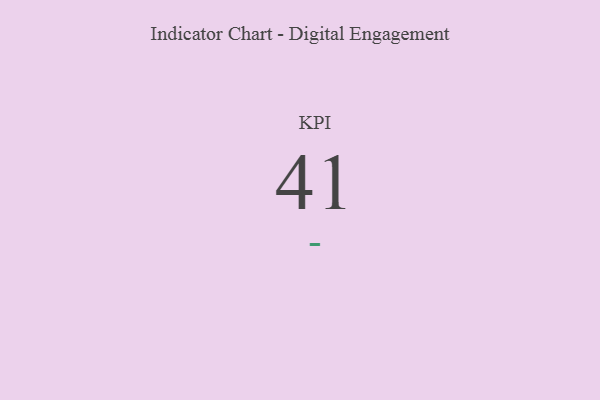
{"axis": {"x": "KPI", "y": "Value"}, "legend": [""], "data": [{"x": "KPI", "y": 41, "type": ""}]}